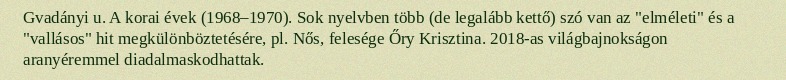
Gvadányi u. A korai évek (1968–1970). Sok nyelvben több (de legalább kettő) szó van az "elméleti" és a "vallásos" hit megkülönböztetésére, pl. Nős, felesége Őry Krisztina. 2018-as világbajnokságon aranyéremmel diadalmaskodhattak.